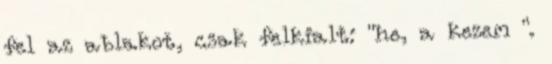
fel az ablakot, csak felkialt: "he, a kezem ".